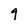
Character: 9